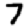
Digit: 7